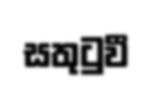
සතුටුවී